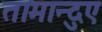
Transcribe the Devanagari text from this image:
तामान्दुए